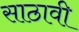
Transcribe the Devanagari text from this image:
साठावी